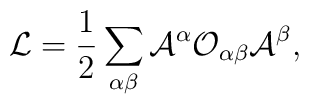
{\cal L} = \frac{1}{2}\sum_{\alpha \beta} {\cal A}^{\alpha} {\cal O}_{\alpha\beta} {\cal A}^{\beta},